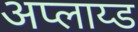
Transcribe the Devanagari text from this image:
अप्लाय्ड